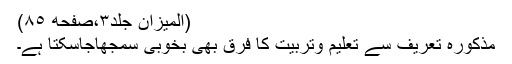
(المیزان جلد٣،صفحه ٨٥)
مذکورہ تعریف سے تعلیم وتربیّت کا فرق بھی بخوبی سمجھاجاسکتا ہے۔